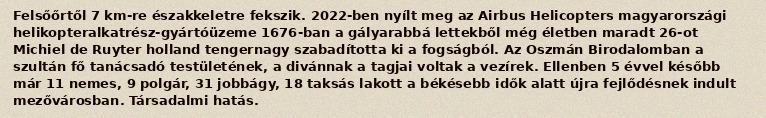
Felsőőrtől 7 km-re északkeletre fekszik. 2022-ben nyílt meg az Airbus Helicopters magyarországi helikopteralkatrész-gyártóüzeme 1676-ban a gályarabbá lettekből még életben maradt 26-ot Michiel de Ruyter holland tengernagy szabadította ki a fogságból. Az Oszmán Birodalomban a szultán fő tanácsadó testületének, a divánnak a tagjai voltak a vezírek. Ellenben 5 évvel később már 11 nemes, 9 polgár, 31 jobbágy, 18 taksás lakott a békésebb idők alatt újra fejlődésnek indult mezővárosban. Társadalmi hatás.